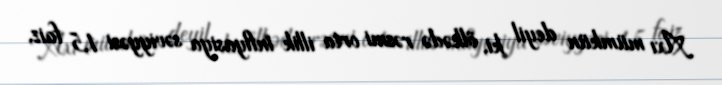
Axı mümkün deyil ki, ölkədə rəsmi orta illik inflyasiya səviyyəsi 1,5 faiz,